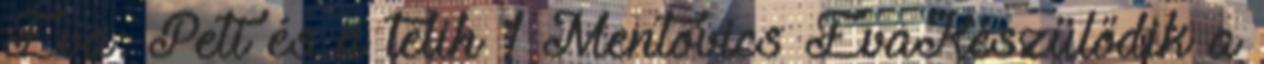
Éva: Peti és a telih 1 Mentovics ÉvaKészülődik a